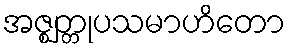
အဇ္ဈတ္တုပသမာဟိတော